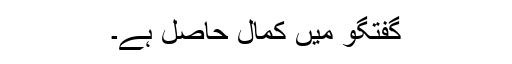
گفتگو میں کمال حاصل ہے۔